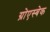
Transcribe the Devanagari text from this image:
ग्रोएस्बेक